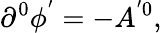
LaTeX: \partial^{0}\phi^{^{\prime}}=-A^{^{\prime}0},